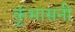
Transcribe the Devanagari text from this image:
कुंभासनी